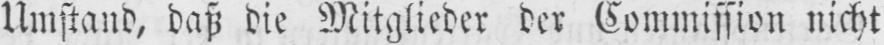
Umstand, daß die Mitglieder der Commission nicht